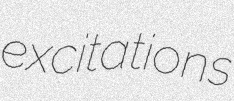
excitations